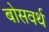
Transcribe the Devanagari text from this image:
बोसवर्थ